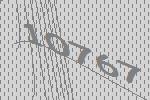
10767